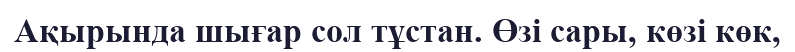
Ақырында шығар сол тұстан. Өзі сары, көзі көк,